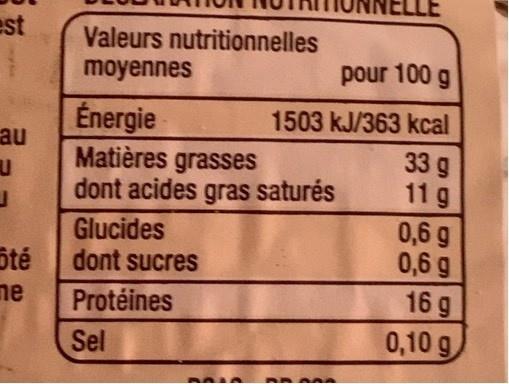
est
Valeurs nutritionnelles moyennes
pour 100 g
Énergie au Matières grasses
1503 kJ/363 kcal
33 g 11 g
dont acides gras saturés
Glucides dont sucres
0,6 g 0,6 g 16 g
ôté
ne
Protéines
0,10 g
Sel